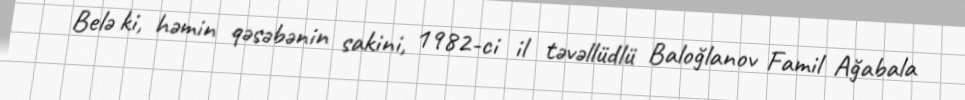
Belə ki, həmin qəsəbənin sakini, 1982-ci il təvəllüdlü Baloğlanov Famil Ağabala